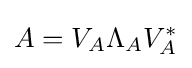
A=V_{A}\Lambda _{A}V_{A}^{*}